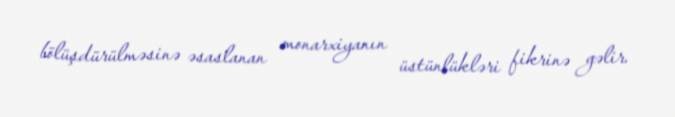
bölüşdürülməsinə əsaslanan monarxiyanın üstünlükləri fikrinə gəlir.